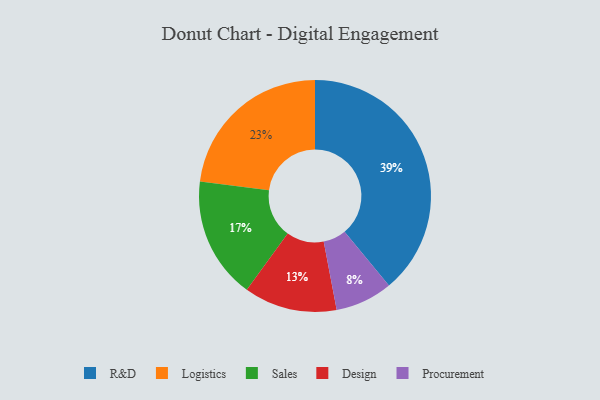
{"axis": {"x": "Category", "y": "Percentage"}, "legend": ["Design", "Logistics", "Procurement", "R&D", "Sales"], "data": [{"x": "Sales", "y": 17, "type": "Sales"}, {"x": "Logistics", "y": 23, "type": "Logistics"}, {"x": "Design", "y": 13, "type": "Design"}, {"x": "R&D", "y": 39, "type": "R&D"}, {"x": "Procurement", "y": 8, "type": "Procurement"}]}